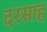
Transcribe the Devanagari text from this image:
दरसाह